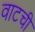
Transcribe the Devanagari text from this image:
वाटची